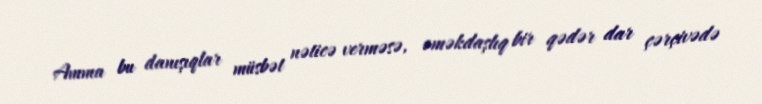
Amma bu danışıqlar müsbət nəticə verməsə, əməkdaşlıq bir qədər dar çərçivədə